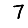
Digit: 7